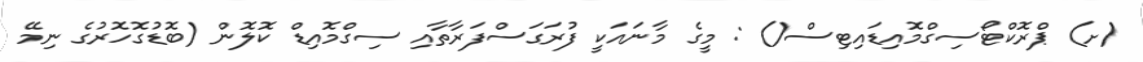
(ށ) ޕްރޮކްޓޯސިގްމޮއިޑައިޓިސް() : މީގެ މާނައަކީ ފުރަގަސްފަރާތާއި ސިގްމޮއިޑް ކޮލޮން (ބޮޑުގޮހޮރުގެ ނިމޭ